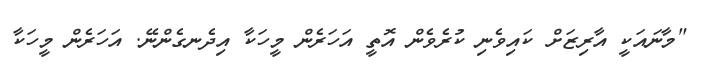
"މާނައަކީ އާރިޒަށް ކައިވެނި ކުރެވެން އޮތީ އަހަރެން މީހަކާ އިދެނގެންނޭ. އަހަރެން މީހަކާ